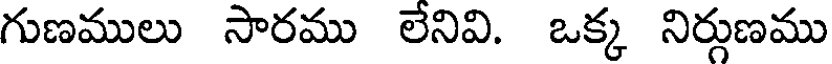
గుణములు సారము లేనివి. ఒక్క నిర్గుణము